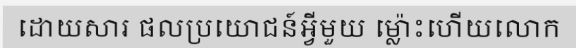
ដោយសារ ផលប្រយោជន៍អ្វីមួយ ម្ល៉ោះហើយលោក